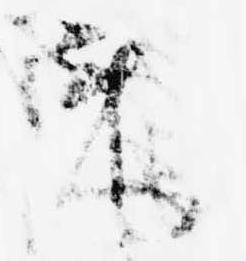
来